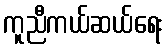
ကူညီကယ်ဆယ်ရေး